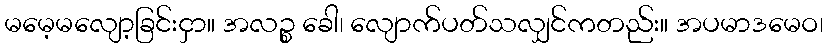
မမေ့မလျော့ခြင်းငှာ။ အလဉ္စ ခေါ၊ လျောက်ပတ်သလျှင်ကတည်း။ အပမာဒမေဝ၊